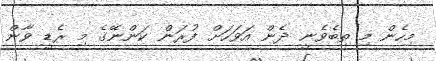
މިހެން މި ތިބެވެނީ ދެން އަވަހަށް ފުރަން ކަންނޭގެ މި ރެޑީ ވާން